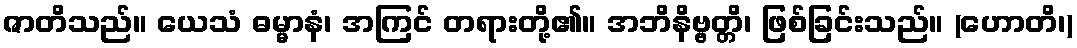
ဇာတိသည်။ ယေသံ ဓမ္မာနံ၊ အကြင် တရားတို့၏။ အဘိနိဗ္ဗတ္တိ၊ ဖြစ်ခြင်းသည်။ (ဟောတိ၊)